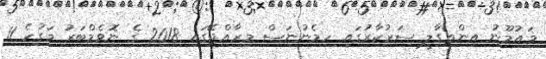
މައުމޫނު އިންތިގާލީ ސަރުކާރުގައި ހިމެނުނަސް މިރާއްޖޭގައި 2018 ގެ ނޮވެމްބަރު މަގުހެ 11